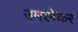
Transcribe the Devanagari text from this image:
उमरगेकर